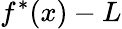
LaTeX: f^{*}(x)-L